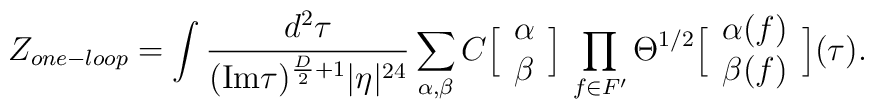
Z_{one-loop} = \int { d^2 \tau \over (\hbox{Im} \tau)^{ {D\over 2 } + 1 } |\eta|^{24} }\sum_{\alpha , \beta} C\Big[  \begin{array}{c}\alpha \cr \beta\end{array} \Big]\, \prod_{f \in F'} \Theta^{1/2}  \Big[\begin{array}{c}\alpha(f)\cr \beta(f)\end{array} \Big](\tau).